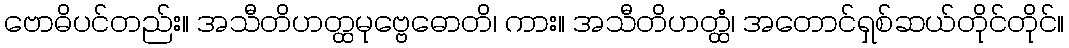
ဗောဓိပင်တည်း။ အသီတိဟတ္ထမုဗ္ဗေဓောတိ၊ ကား။ အသီတိဟတ္ထံ၊ အတောင်ရှစ်ဆယ်တိုင်တိုင်။